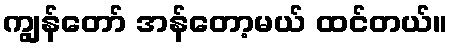
ကျွန်တော် အန်တော့မယ် ထင်တယ်။